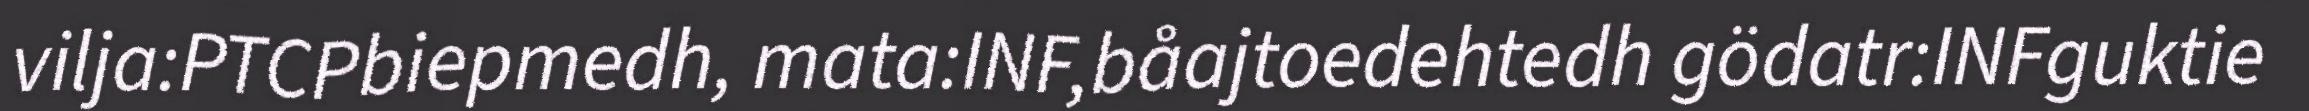
vilja:PTCPbiepmedh, mata:INF,båajtoedehtedh gödatr:INFguktie